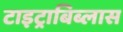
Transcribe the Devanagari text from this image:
टाइट्राबिब्लास